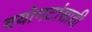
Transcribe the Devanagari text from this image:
वयोगटांसाठी